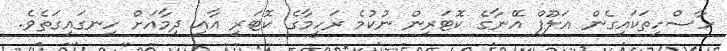
ހާސްހިތަކައިގެން އަލޫފް އޭނާގެ ކޮޓަރިން ނުކުމެ ރަހީމާގެ ކޮޓަރި އާއި ދިމާއަށް ހިނގައިގަތެވެ.